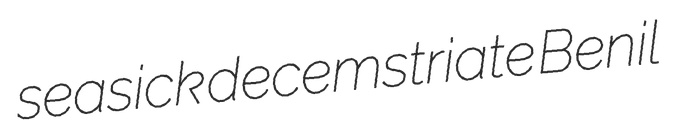
seasick decemstriate Benil